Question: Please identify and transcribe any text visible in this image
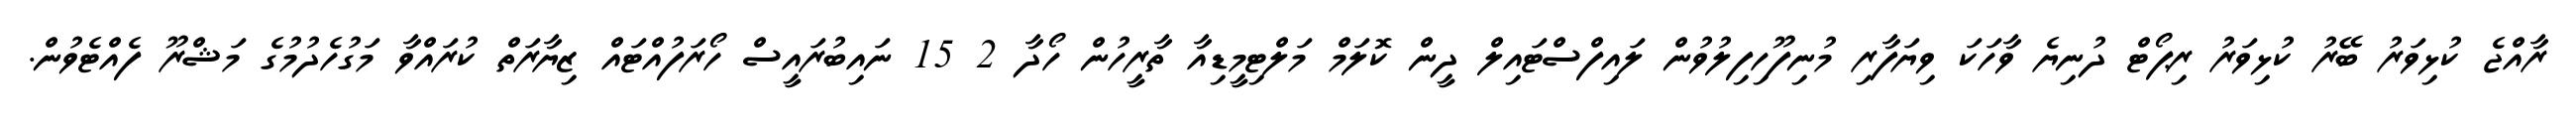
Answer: ރާއްޖެ ކުޅިވަރު ބޭރު ކުޅިވަރު ރިޕޯޓް ދުނިޔެ ވާހަކަ ވިޔަފާރި މުނިފޫހިފިލުވުން ލައިފްސްޓައިލް ދީން ކޮލަމް މަލްޓިމީޑިއާ ތާރީހުން ހޯދާ 2 15 ނައިބުރައީސް ހޯރަފުއްޓައް ޒިޔާރަތް ކުރައްވާ މަގުހެދުމުގެ މަޝްރޫ ފެއްޓެވުން.